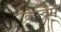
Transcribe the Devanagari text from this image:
केन्द्रम